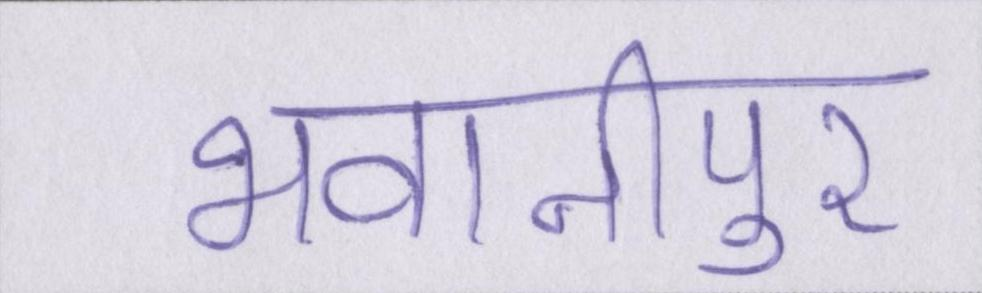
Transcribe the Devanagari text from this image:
भवानीपुर